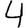
Digit: 4